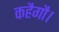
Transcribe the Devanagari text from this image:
कहैगौ।